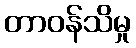
တာဝန်သိမှု